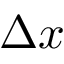
\Delta x